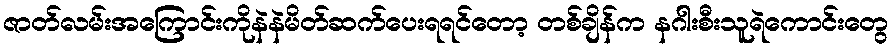
ဇာတ်လမ်းအကြောင်းကိုနဲနဲမိတ်ဆက်ပေးရရင်တော့ တစ်ချိန်က နဂါးစီးသူရဲကောင်းတွေ